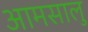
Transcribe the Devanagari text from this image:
आमसालु